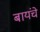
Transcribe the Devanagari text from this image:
बायंचे